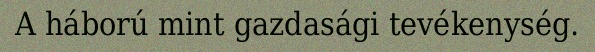
A háború mint gazdasági tevékenység.